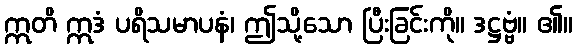
ဣတိ ဣဒံ ပရိသမာပနံ၊ ဤသို့သော ပြီးခြင်းကို။ ဒဋ္ဌဗ္ဗံ။ ၏။